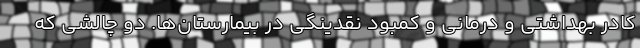
کادر بهداشتی و درمانی و کمبود نقدینگی در بیمارستان‌ها. دو چالشی که